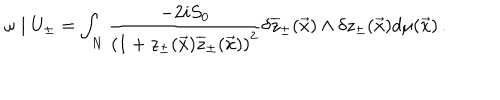
\omega \mid U _ { \pm } = \int _ { N } \frac { - 2 i S _ { 0 } } { \left( 1 + z _ { \pm } ( \vec { x } ) \overline { { { z } } } _ { \pm } ( \vec { x } ) \right) ^ { 2 } } \delta \overline { { { z } } } _ { \pm } ( \vec { x } ) \wedge \delta z _ { \pm } ( \vec { x } ) d \mu ( \vec { x } ) \, .